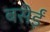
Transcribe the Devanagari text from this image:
बसेईं